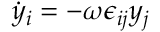
\dot { y } _ { i } = - \omega \epsilon _ { i j } y _ { j }